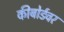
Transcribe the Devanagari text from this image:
कीबोर्डवर